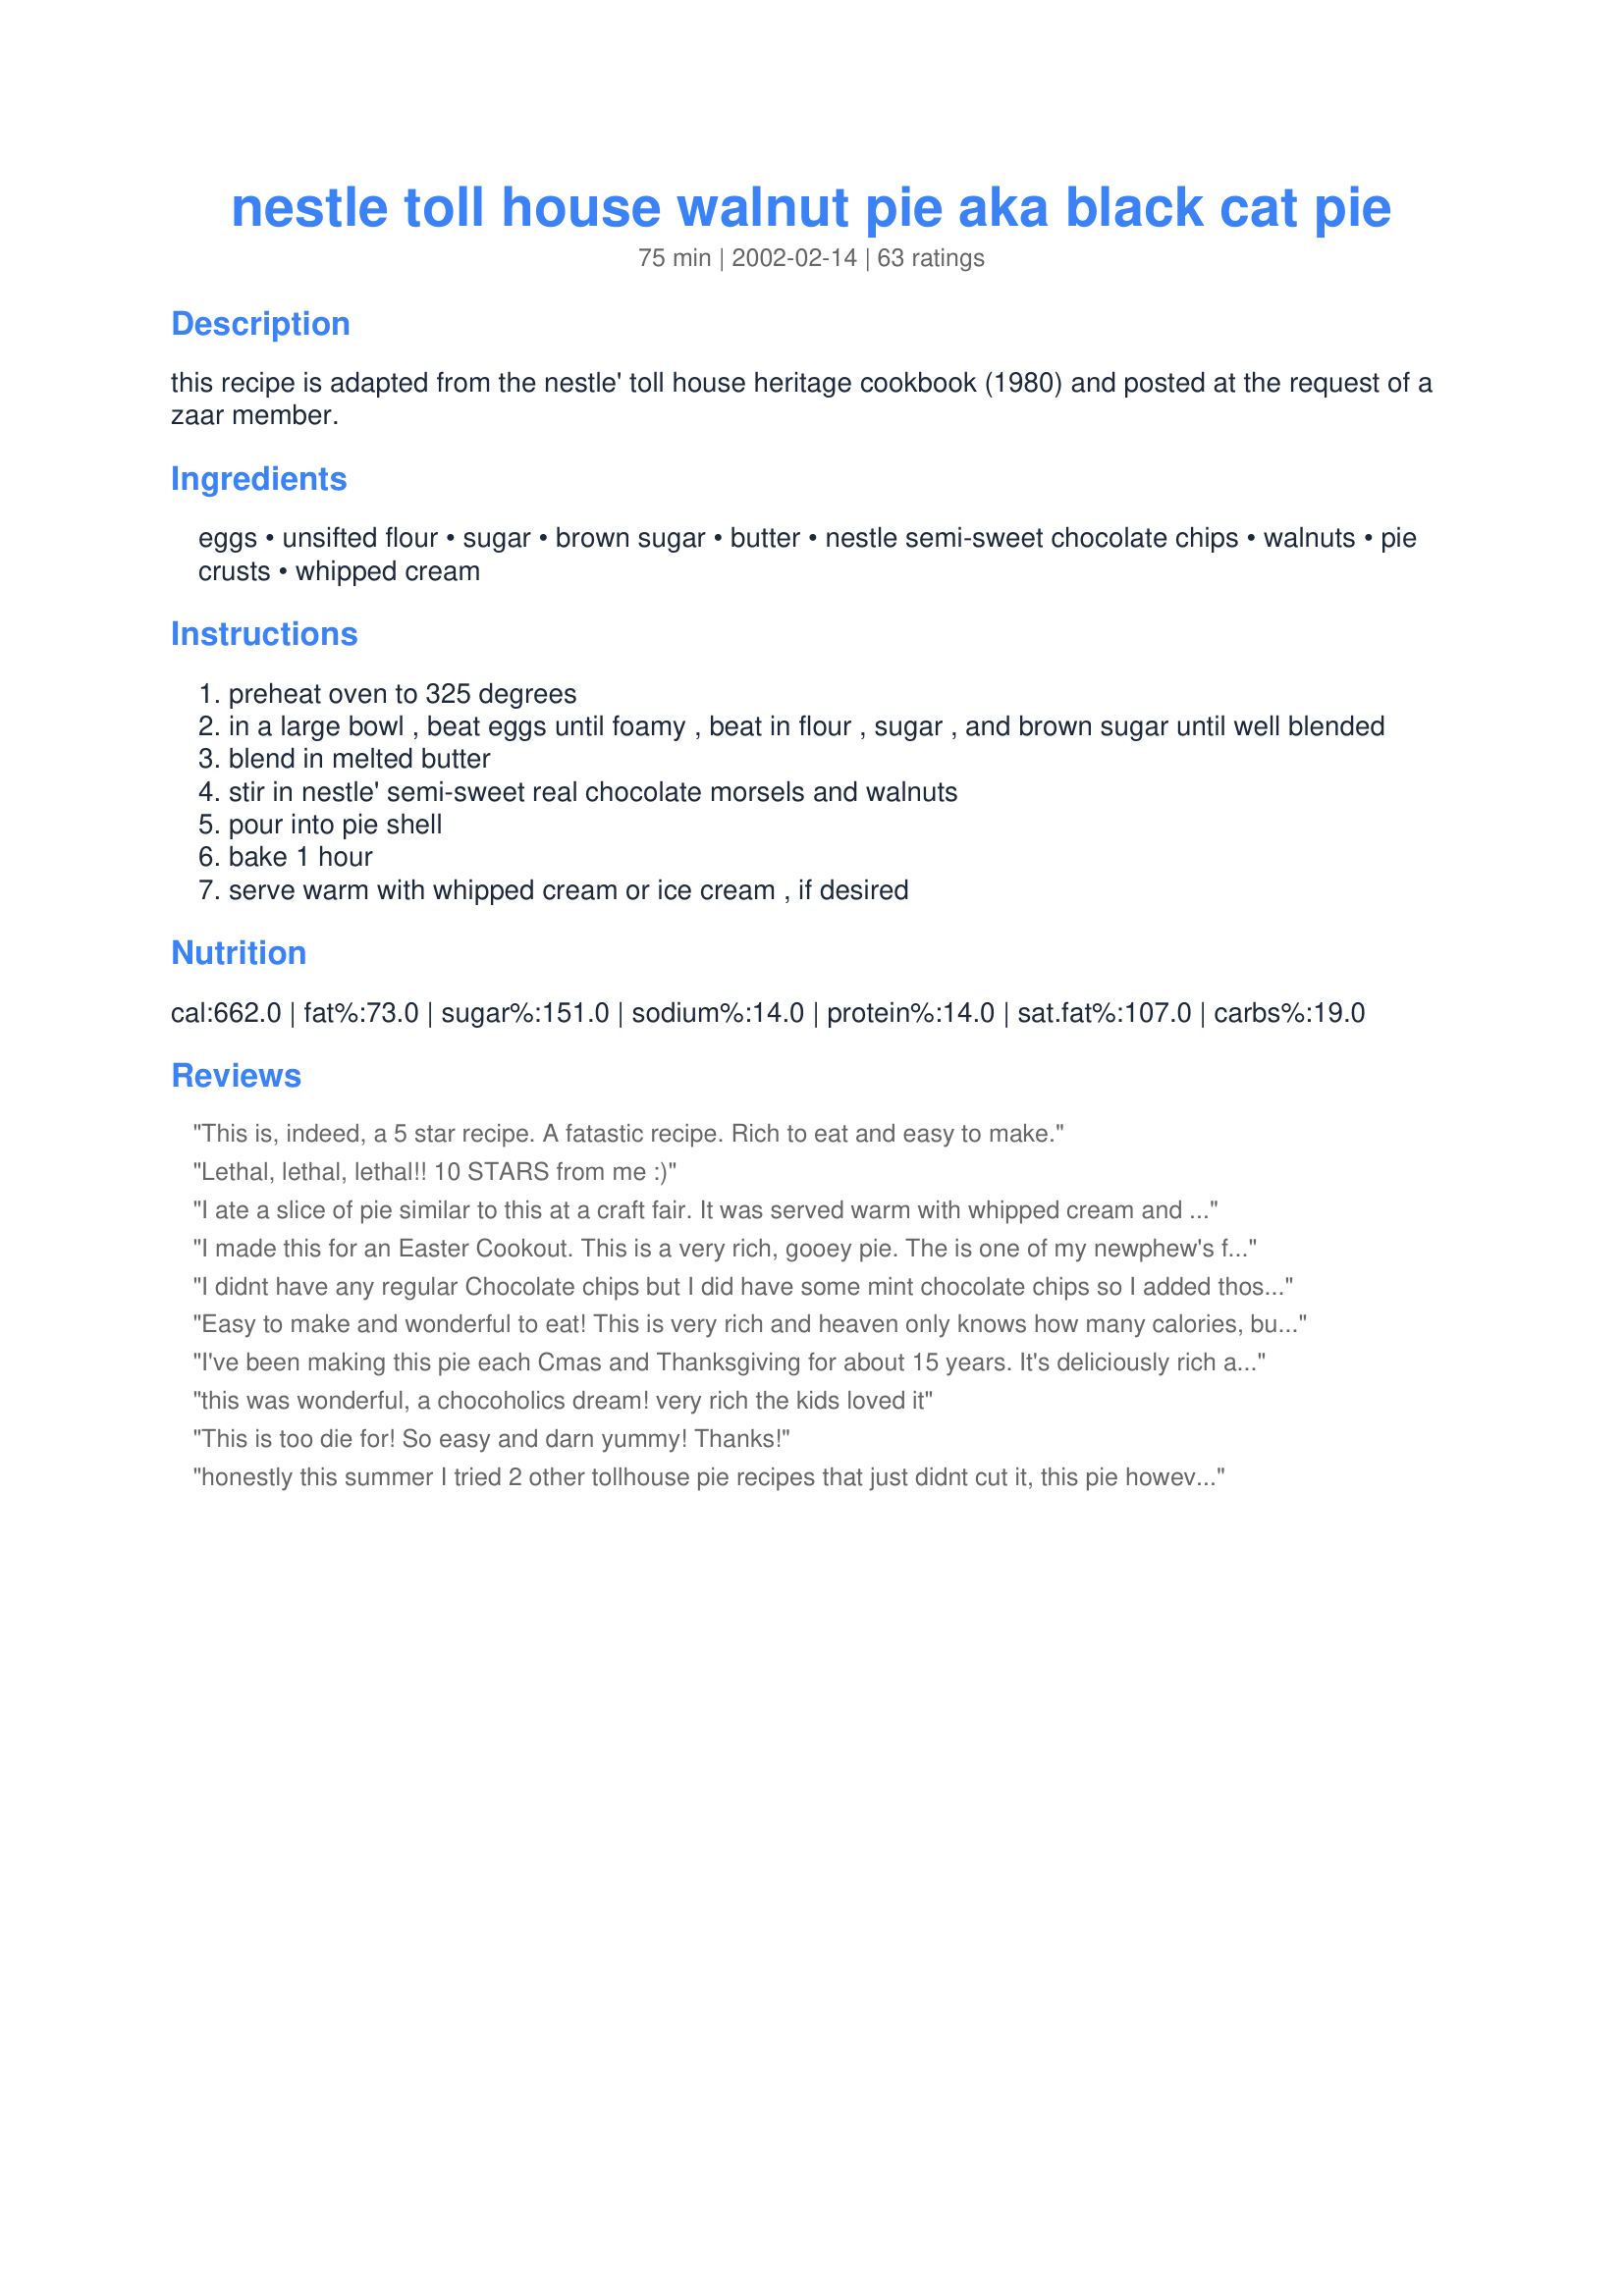
nestle toll house walnut pie aka black cat pie
Preparation time: 75 minutes

this recipe is adapted from the nestle' toll house heritage cookbook (1980) and posted at the request of a zaar member.

Ingredients:
eggs, unsifted flour, sugar, brown sugar, butter, nestle semi-sweet chocolate chips, walnuts, pie crusts, whipped cream

Steps:
preheat oven to 325 degrees
in a large bowl , beat eggs until foamy , beat in flour , sugar , and brown sugar until well blended
blend in melted butter
stir in nestle' semi-sweet real chocolate morsels and walnuts
pour into pie shell
bake 1 hour
serve warm with whipped cream or ice cream , if desired

Reviews:
This is, indeed, a 5 star recipe. A fatastic recipe. Rich to eat and easy to make. 


Lethal, lethal, lethal!! 10 STARS from me :)
I ate a slice of pie similar to this at a craft fair. It was served warm with whipped cream and chocolate syrup on top. A tiny piece will do, it is so rich... but it was delicious. I came home and jumped on this site and found this recipe, I just had to try one for my family! This recipe is much better than what I ate at the fair! Thanks soooo much for sharing. Not only delicious but simple!
I made this for an Easter Cookout. This is a very rich, gooey pie. The is one of my newphew's favorite, so I try to make sure he gets the left overs for home.
I didnt have any regular Chocolate chips but I did have some mint chocolate chips so I added those instead and it is so so good. A bit of cool whip on the top and it is perfect. I think I might try some other chocolate chip mixes to see how it comes out.Very easy to put together only took me minutes. This is a keeper in my house.
Easy to make and wonderful to eat! This is very rich and heaven only knows how many calories, but it is so yummy. Great pie to take to a potluck as it isn&#039;t messy and fragile. Have served both with and without ice cream or whipped cream -- we prefer it without either. It is so rich that a topping is almost overload.
I've been making this pie each Cmas and Thanksgiving for about 15 years. It's deliciously rich and better served warm. This recipe is exactly like mine (from a magazine ad for Nestle), but I noticed on the Nestle's site, they've decreased the butter to 3/4 cup. If you use the reg. size chips, they may sink to the bottom, I've been using the mini chips and they hold their position more so than reg.chips. I've used pecans and walnuts both and they're equally good in the pie. I bake this pie for my brother-in-law's bday, too. It's a big hit with my entire family!
this was wonderful, a chocoholics dream! very rich the kids loved it
This is too die for! So easy and darn yummy! Thanks!
honestly this summer I tried 2 other tollhouse pie recipes that just didnt cut it, this pie however was rich and delicious and was the perfect texture. This recipe will be in our family for good.
This pie is soooo good. It is very rich and has lots of chocolate. I have made this pie for many years and will contine to make it. Thanks for posting. 
 

I followed other reviewer's suggestions and used 3/4 cup butter. Doubled the recipe and made two pies. They came out perfectly. With other Toll House pie recipes I often ended up with an undercooked center. These were perfect. I did cover the pie with foil for the last 10 minutes or so.
I used to make this pie way back in my single years when I was trying to impress my boy-friend of the moment. Made it again the other night and it is simply the best. Family loved it. A must for Toll-House cookie lovers. Great with ice cream on top. Thanks for posting.
Yummy pie! I've made it twice now, once with the walnuts, and once without. I kind of liked it better w/o the nuts, there were just too many of them. Maybe 1/2 a cup would be enough. Very good though!
OMG this is good. I made this pie exactly as posted and it is delicious. I have a new favorite pie!
I loved this!
I made this tonight for a dinner party & used tart shells instead so people could try a variety of desserts. It made 24 but could have easily done 2 more as some were over flowing. They were very good, however I think the pie would have been richer, as there was alot more pastry flavor than I would have preferred. Very good though, I would make again & try as a pie!
I've made this pie many times and it always gets rave reviews. I use a 1/2 cup of butter without altering any of the other proportions, and it comes out perfectly. Oh, I tend to skip the nuts because the people I make the pie for tend not to be nut lovers.
This pie was delicious. I added a half teaspoon of vanilla flavoring to the recipe,which I thought as an improvement. Also, I bypassed the cooling of the melted butter by adding it to the flour and sugars mixture and then adding the eggs, chocolate and nuts, in the order. We really enjoyed the end result.
Very nice! Little work, big taste.
This was a rich and delicious pie! It was incredibly easy, no mixer needed; just bowl, spoon, and measuring cups/spoon. It was a little too rich for me, but my wonderful hubby LOVED it! I will make this again and again. Thanks for posting. Sue
I have to give this three stars. My husband liked it, but I didn't care for it at all. It's not a bad recipe, and I wouldn't recommend that anyone not try it. It just comes down to personal tastes.
A 5 star for sure. I was searching for a chocolate pie recipe that I had ingredients for. Came across this one. Am I glad I made this. As one other lady said I used 1/2 cup butter instead of 1 c. I was low on butter. It turned out sinfully delicious. This is an awesome recipe. It's very rich &amp; fattening but anything that's good-is. A thin slice does it. I suggest everyone make this. I used a 9&quot; pie plate. I make my own crust. I may try a little more butter next time-just to test. I forgot to take a pic before we cut into it.
My mother has been making this recipe for years! It is very yummy! She makes them and puts them in the freezer and they thaw beautifully. And are just as good as fresh baked!
Definitely five stars! So easy, and so delicious. As recommended in a few reviews, I used just 1/2 cup of butter, and it was still very rich. I reheated the whole pie for 10 minutes at 300, and served with vanilla ice cream. Thanks for sharing!
This pie is outstanding! I absolutely love it! And it's easy to make. Thank you for such a wonderful recipe!
This is my favorite recipe. It looks and tastes so special. The biggest compliment was from my brother. I served dessert and he immediately went to the kitchen to wrap it up to take it home.
I'm so sorry I forgot to rate this, because it was wonderful!!!!!!! I did add a little vanilla to it and just a dash of cinnamon just because we love it! It was HEAVENLY warm with vanilla ice cream!! Our neighbors thank you, too!!! :)
Made this tonight for my mom's visit. OMG this is rich, I don't even want to know about how many calories there are per slice. Who cares...it's fantastic. I added a teaspoon of vanilla extract, great flavor. I did use the crust recipe recommended, Laurie, and it turned out great. The only thing I didn't like was having to sop up quite a bit of excess butter from the top/around the crust edge as it neared the end of it's time in the oven. Such a great recipe for company, (to keep from eating it all!) I will make this again. Thanks a million.
This pie is a chocolate lover's dream! The only change I made was using pecans instead of walnuts! The pie turned out beautiful and I will definitely make this again!
YUM! This was a huge hit at the dinner I took it to. IT's so sinfully good.

i found this to be a nice little pie.it just hit the spot.rich enough for us to have one piece each.
thank you
So easy and SO good! I've made it twice now..awesome!
I made this today and didn't like it. It was way too sweet (and I love sweet things...) and there was way too much butter. I'd cut the butter in half at least. It was still liquidy when I took it out of the oven due to all the butter. It has a consistancy that reminded me of pecan pie, and since I don't like pecan pie, I didn't care for this pie. Live and learn I guess!
Excellent! This pie is very easy and has a real
I've been making this pie for years and it's delicious, rich, decadent and totally fattening. I usually warm it slightly and then top it with whipped cream.
We didn't like this warm, like most of the reviewers - we thought it was too sweet. But the next day we pulled it out of the fridge a few hours before dinner and had it at room temperature and were instantly gobbling it down. IT'S ADDICTIVE! I used milk chocolate chips rather than semi-sweet, so that might be why we thought it was too sweet served warm.
This pie tasted great. Flacor of the chocolate morsels really came through. It should be a chocolate lover's delight. You may want to consider a deep dish 9" shell. My pie ran over in a standard shell. The recipe doesn't say when to add the walnuts. I added them with the chocolate morsels.
We love this! reminds me of my childhood when I was alittle girl we use to go to this pie shop and they had this.....I got this kind everytime. It is nice to be able to make it at home to bring those memories back. I also make this for the holidays in little tartlet pans........they look wonderful on the dessert tray!
This recipe is so easy to make and tastes unbelievable. It was a big hit with my guests.
This is my favorite pie! My mom has made it for a number of years and now I am making it myself. Sooo good but sooo rich!! If you use smaller than a 9" pie plate, it may not be fully baked in the center after 1 hour (speaking from experience). Was going to post this but now I don't need to. Thanks!!
This turned out great, I omitted the nuts, and baked for about 10 minutes less. The chocolate chips seemed to sink to the bottom as I poured it in, so I sprinkled some extra on top, next time I may try mini-chips. I found it tastes even better after being refrigerated.
I don't know what I did wrong -- the pie looked beautiful -- all nice and golden on top, but it was still squishy in the middle. I didn't know if I should have baked it longer or if that was the way it was supposed to turn out. It was a very sweet and rich dessert -- a small slice is all you needed.
Great pie, even better with whipped cream on top!!
This recipe is almost the same as the recipe on a bag of nestle chocolate chips. This calls for 1/4 cup more butter.
I made this for a dinner party and though I thought it was a little too fat (1 cup butter is A LOT!) everyone just loved it, a couple of my guests even insisted on having a slice to take home for the morning after...! Another great recipe!
Very rich! It definitely does taste like eating toll house cookies. We topped ours off with vanilla ice cream and drizzled chocolate sauce. What a great end to a fantastic Christmas Day dinner! Thanks Aroostook!
made this for a cookout yesterday...everyone loved it! We had it warm with vanilla ice cream and it was so rich and delicious.
Thanks for such a great and easy recipe! 

I have made this pie for many, many years and it is a true family favorite. Left out the nuts because family doesn't like them. Rich, melt-in-your-mouth chocolate goodness. Glad you posted it here.
Love this pie...easy and delicious! Thanks!
I won first place in a pie-making contest with this pie, out of 21 entries. It's a real winner!

I used butter instead of lard in the crust, so the crust was yummy and buttery tasting too.

I find a tiny sliver is all you need though - very, very rich.
When I heard about the cookathon I wanted to make sure i reviewed one of SilentCricket's recipes for the planned cookbook. I made this on Saturday and both our boys pronounced it a 6 star recipe. I explained it could only have 5 stars but they were adament! I honestly can't try the dish as I am allergic to chocolate, but I can attest to the fact that 3 family members devoured it with considerable gusto!
This was great! With a consistency like chocolate chip cookies and a flaky crust, it's irresistible. I only did 1/4 cup of brown sugar and I don't think I will add more than that next time I make it. It was wonderful. Thanks.
I have been making this recipe for years and decided to make this in honor of silent cricket. everytime i make this recipe i will think of her.
I tried it and it is DELISH!

If you've ever had the cookie dessert at Hard Rock Cafe and loved it, you'll love this! 

I served this warm with vanilla ice cream. Hmm Hmm Good!!

Thanks for sharing!
Very good pie, here is what i changed:
1/2 cup whole cane sugar + 1/3 cup white sugar, 10 tablespoons of butter were enough, trust me.
I used homemade pie crust 93312, thank you very much !
What a total waste of ingredients. I thought the pie shell looked a bit small, but this was the first time I had used this recipe, so I trusted it. You should update to a deep dish pie shell or state that it makes two in a regular sized 9 inch shell. So now i have a ruined sheet pan and a pie that is seriously overcooked.
Excellent! Delicious! Yummy! The kids gave it two thumb's up and my SIL asked for the recipe. It was a bit too buttery for me and next time I will cut the butter in half. I also added 1/2 t vanilla as suggested. Definitely a keeper!
Oh my my my. I baked this pie this evening and my husband and I were in chocolate heaven. This is a chocolate lover's dream. I didn't change a thing, followed instructions to the letter. It was perfect except for one thing, the extra inches it's going to put on my waistline.
I love this pie however I use chopped pecans not walnuts. I make it all the time~ it is so easy to whip up and tastes great!! I serve it with vanilla ice cream and whipped cream. Love it!!!!!!!!
I have waited so long to find this recipe and it was right under my nose all the time. Darn you chefs who make things off the backs of boxes and bags and then rename it something else so that I can't find the recipe for 20some years!!! I went to Thanksgiving at a friend's house when I was 12 or 13 and her sister made this and called it "plantation walnut pie." I have been searching for the recipe ever since. Lucky for me, someone submitted a picture of it here and it showed up on the main page just as I arrived one day and I recognized it immediately. 'Bout had a cow!!! The picture I'm submitting, by the way, is made with My No Roll Pie Crust (recipe #51537) which is a great crust without all the trans fat from shortening... and you just press it into the pan. So easy and complements this recipe perfectly.
I was worried that I'd be disappointed when preparing the filling and it looked and tasted just like cookie dough. I was thrilled with the outcome. A deliciously, rich, and chocolatey pie. I added 1 tsp vanilla extract and decreased the butter to 3/4 cup. It was perfect!
Another 5 star review!! What can I say? This pie is awesome! One is in the oven now for dessert tomorrow ... should it last so long. ;D
